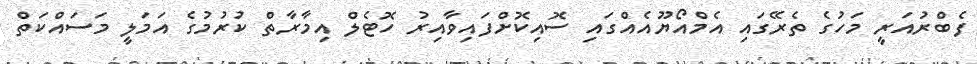
ފެބްރުއަރީ މަހުގެ ތެރޭގައި އެމްއޯޔޫއެއްގައި ސޮއިކޮށްފައިވާއިރު ހޮޓެލް އިމާރާތް ކުރުމުގެ އަމަލީ މަސައްކަތް